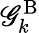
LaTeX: \mathscr{G}_{k}^{\textrm{{B}}}